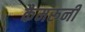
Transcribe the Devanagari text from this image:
कैमरूनी